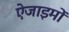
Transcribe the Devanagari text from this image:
ऐंजाइमों